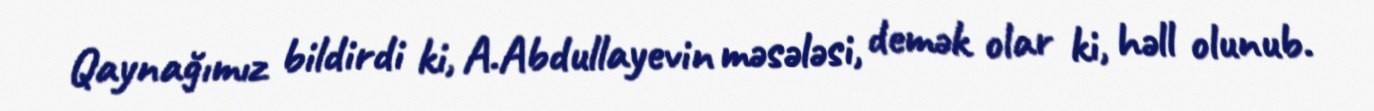
Qaynağımız bildirdi ki, A.Abdullayevin məsələsi, demək olar ki, həll olunub.